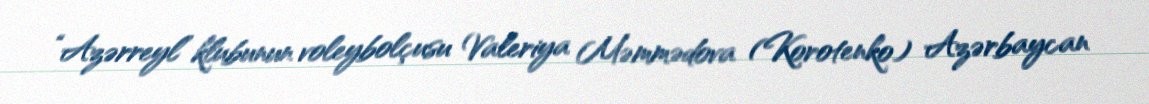
“Azərreyl” klubunun voleybolçusu Valeriya Məmmədova (Korotenko) Azərbaycan